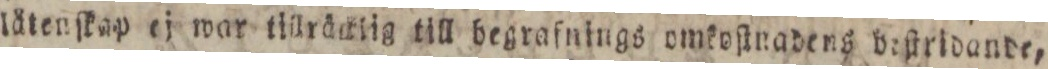
lätenſkap ej war tillräcklig till begraſnings omkoſingdens beſtridande,